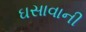
ઘસાવાની